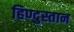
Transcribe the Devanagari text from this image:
हिण्दुस्तान